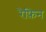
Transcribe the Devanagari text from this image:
रैफ़िन